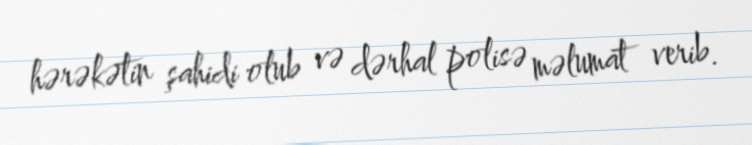
hərəkətin şahidi olub və dərhal polisə məlumat verib.